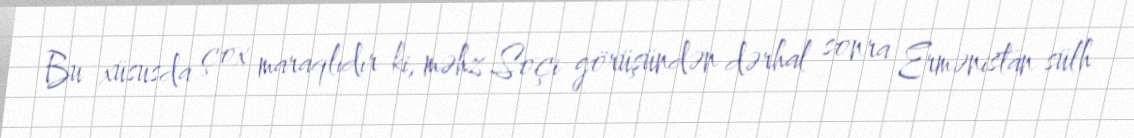
Bu xüsusda çox maraqlıdır ki, məhz Soçi görüşündən dərhal sonra Ermənistan sülh